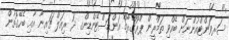
ސަރވަންޓްއުންނަށް ބޭއްވި ތަމްރީން ޕްރޮގްރާމް އަންޑަސްޓޭންޑިންގ ދަ ރިއަލް ޗައިނާ އާއި ބެހޭގޮތުން